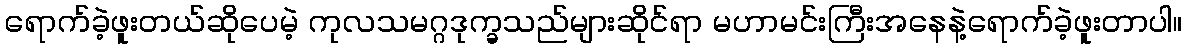
ရောက်ခဲ့ဖူးတယ်ဆိုပေမဲ့ ကုလသမဂ္ဂဒုက္ခသည်များဆိုင်ရာ မဟာမင်းကြီးအနေနဲ့ရောက်ခဲ့ဖူးတာပါ။